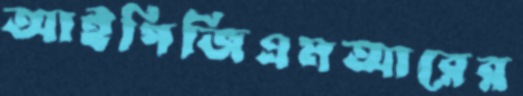
আইপিজিএমআরের